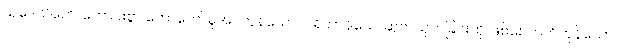
သုဒေသိတေ၊ ကောင်းစွာ ဟောတော်မူအပ်ကုန်သော။ ပရိဟာနိယေ၊ ဆုတ်ယုတ်ခြင်းကို ဖြစ်စေတတ်ကုန်သော။